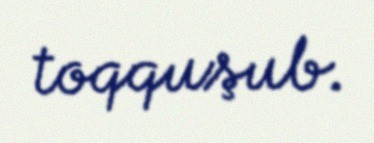
toqquşub.